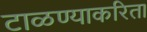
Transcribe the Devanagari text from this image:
टाळण्याकरिता